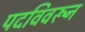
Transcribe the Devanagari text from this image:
पदविवरून